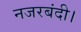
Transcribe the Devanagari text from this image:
नजरबंदी।